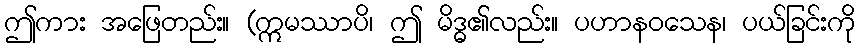
ဤကား အဖြေတည်း။ (ဣမဿာပိ၊ ဤ မိဒ္ဓ၏လည်း။ ပဟာနဝသေန၊ ပယ်ခြင်းကို